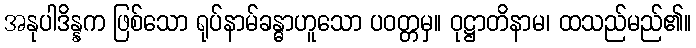
အနုပါဒိန္နက ဖြစ်သော ရုပ်နာမ်ခန္ဓာဟူသော ပဝတ္တမှ။ ဝုဋ္ဌာတိနာမ၊ ထသည်မည်၏။